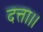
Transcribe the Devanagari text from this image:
दत्ता।।